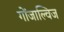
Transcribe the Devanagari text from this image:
गोंजाल्विज